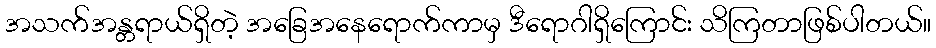
အသက်အန္တရာယ်ရှိတဲ့ အခြေအနေရောက်ကာမှ ဒီရောဂါရှိကြောင်း သိကြတာဖြစ်ပါတယ်။